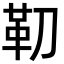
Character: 𩉛